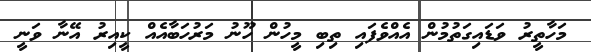
މަހާތީރު ވަޑައިގަތުމުން އެއްވެފައި ތިބި މީހުން ހޫނު މަރުހަބާއެއް ކީއިރު އޭނާ ވަނީ